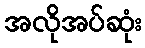
အလိုအပ်ဆုံး